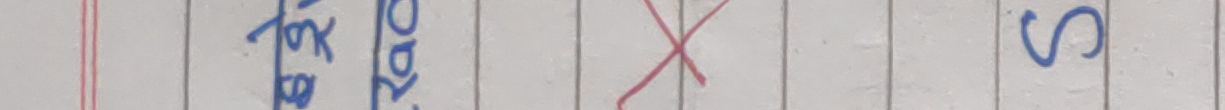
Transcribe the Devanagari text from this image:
लोकस